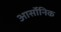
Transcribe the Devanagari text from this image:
आर्सोनिक